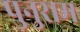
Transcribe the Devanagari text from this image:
पुनुराम